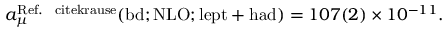
a _ { \mu } ^ { \mathrm { R e f . ~ \ c i t e { k r a u s e } } } ( \mathrm { b d ; N L O ; l e p t + h a d } ) = 1 0 7 ( 2 ) \times 1 0 ^ { - 1 1 } .